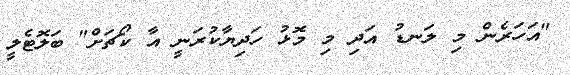
"އަހަރެން މި ލަނޑު އަދި މި މޮޅު ހަދިޔާކުރަނީ އާ ކޯޗަށް" ބަލޮޓެލީ